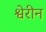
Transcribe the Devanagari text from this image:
श्वेरीन